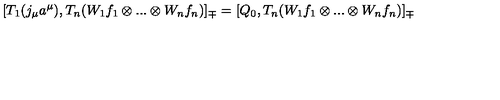
[ T _ { 1 } ( j _ { \mu } a ^ { \mu } ) , T _ { n } ( W _ { 1 } f _ { 1 } \otimes . . . \otimes W _ { n } f _ { n } ) ] _ { \mp } = [ Q _ { 0 } , T _ { n } ( W _ { 1 } f _ { 1 } \otimes . . . \otimes W _ { n } f _ { n } ) ] _ { \mp }